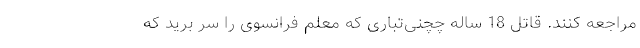
مراجعه کنند. قاتل 18 ساله چچنی‌تباری که معلم فرانسوی را سر برید که